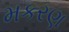
મકરણ